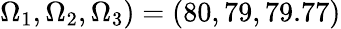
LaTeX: \Omega_{1},\Omega_{2},\Omega_{3})=(80,79,79.77)